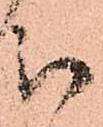
被